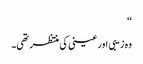
‘‘
وہ زیبی اور عینی کی منتظر تھی۔